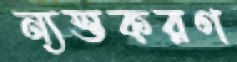
ন্যস্তকরণ